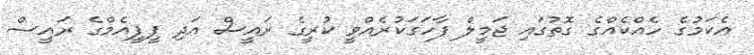
އެކަމުގެ ހެއްކެއްގެ ގޮތުގައި ޖަމީލް ފާހަގަކުރެއްވީ ކުރީގެ ރައީސް އަދި ޕީޕީއެމްގެ ރައީސް